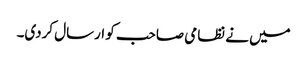
میں نے نظامی صاحب کو ارسال کردی۔